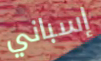
إسباني